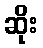
ဆိုး